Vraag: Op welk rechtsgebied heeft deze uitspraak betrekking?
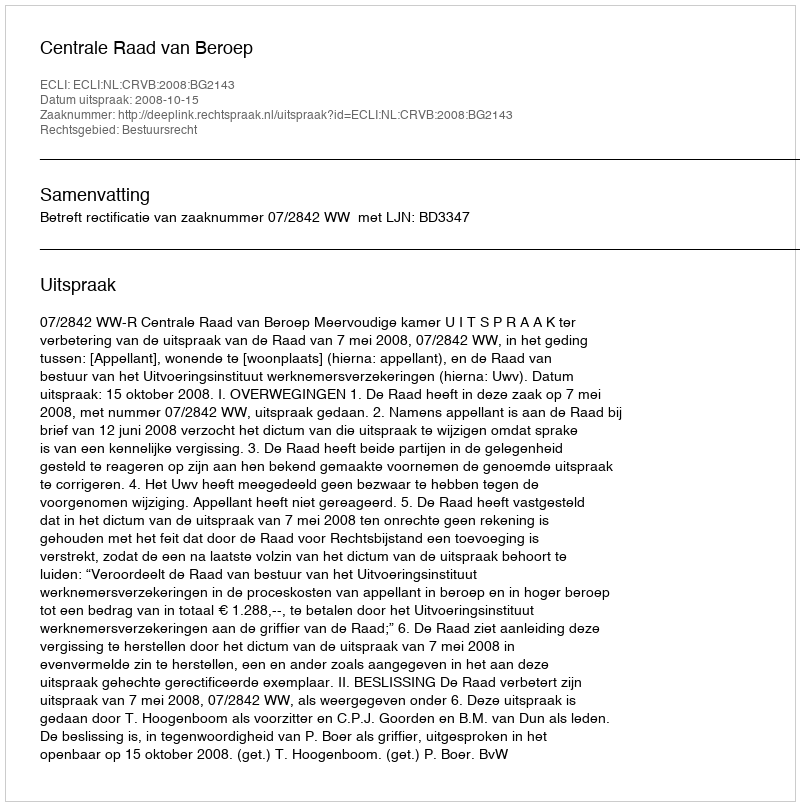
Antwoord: Bestuursrecht